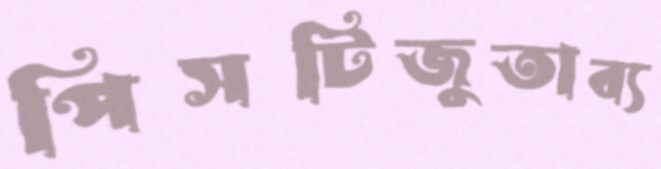
পিসটিজুতাব্য